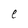
Character: e